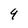
Character: 9